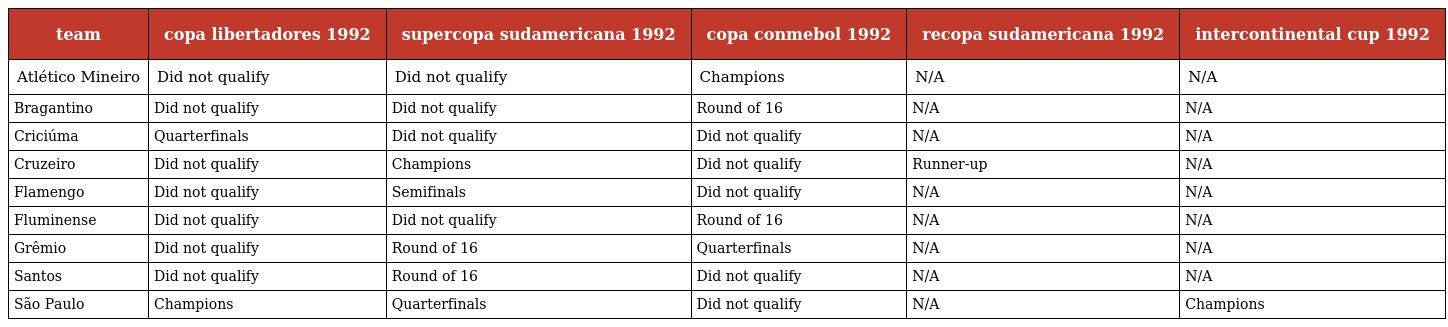
| team | copa libertadores 1992 | supercopa sudamericana 1992 | copa conmebol 1992 | recopa sudamericana 1992 | intercontinental cup 1992 |
 | --- | --- | --- | --- | --- | --- |
 | Atlético Mineiro | Did not qualify | Did not qualify | Champions | N/A | N/A |
 | Bragantino | Did not qualify | Did not qualify | Round of 16 | N/A | N/A |
 | Criciúma | Quarterfinals | Did not qualify | Did not qualify | N/A | N/A |
 | Cruzeiro | Did not qualify | Champions | Did not qualify | Runner-up | N/A |
 | Flamengo | Did not qualify | Semifinals | Did not qualify | N/A | N/A |
 | Fluminense | Did not qualify | Did not qualify | Round of 16 | N/A | N/A |
 | Grêmio | Did not qualify | Round of 16 | Quarterfinals | N/A | N/A |
 | Santos | Did not qualify | Round of 16 | Did not qualify | N/A | N/A |
 | São Paulo | Champions | Quarterfinals | Did not qualify | N/A | Champions |